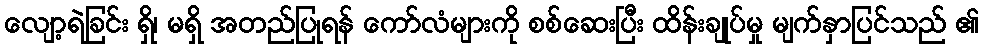
လျော့ရဲခြင်း ရှိ၊ မရှိ အတည်ပြုရန် ကော်လံများကို စစ်ဆေးပြီး ထိန်းချုပ်မှု မျက်နှာပြင်သည် ၏